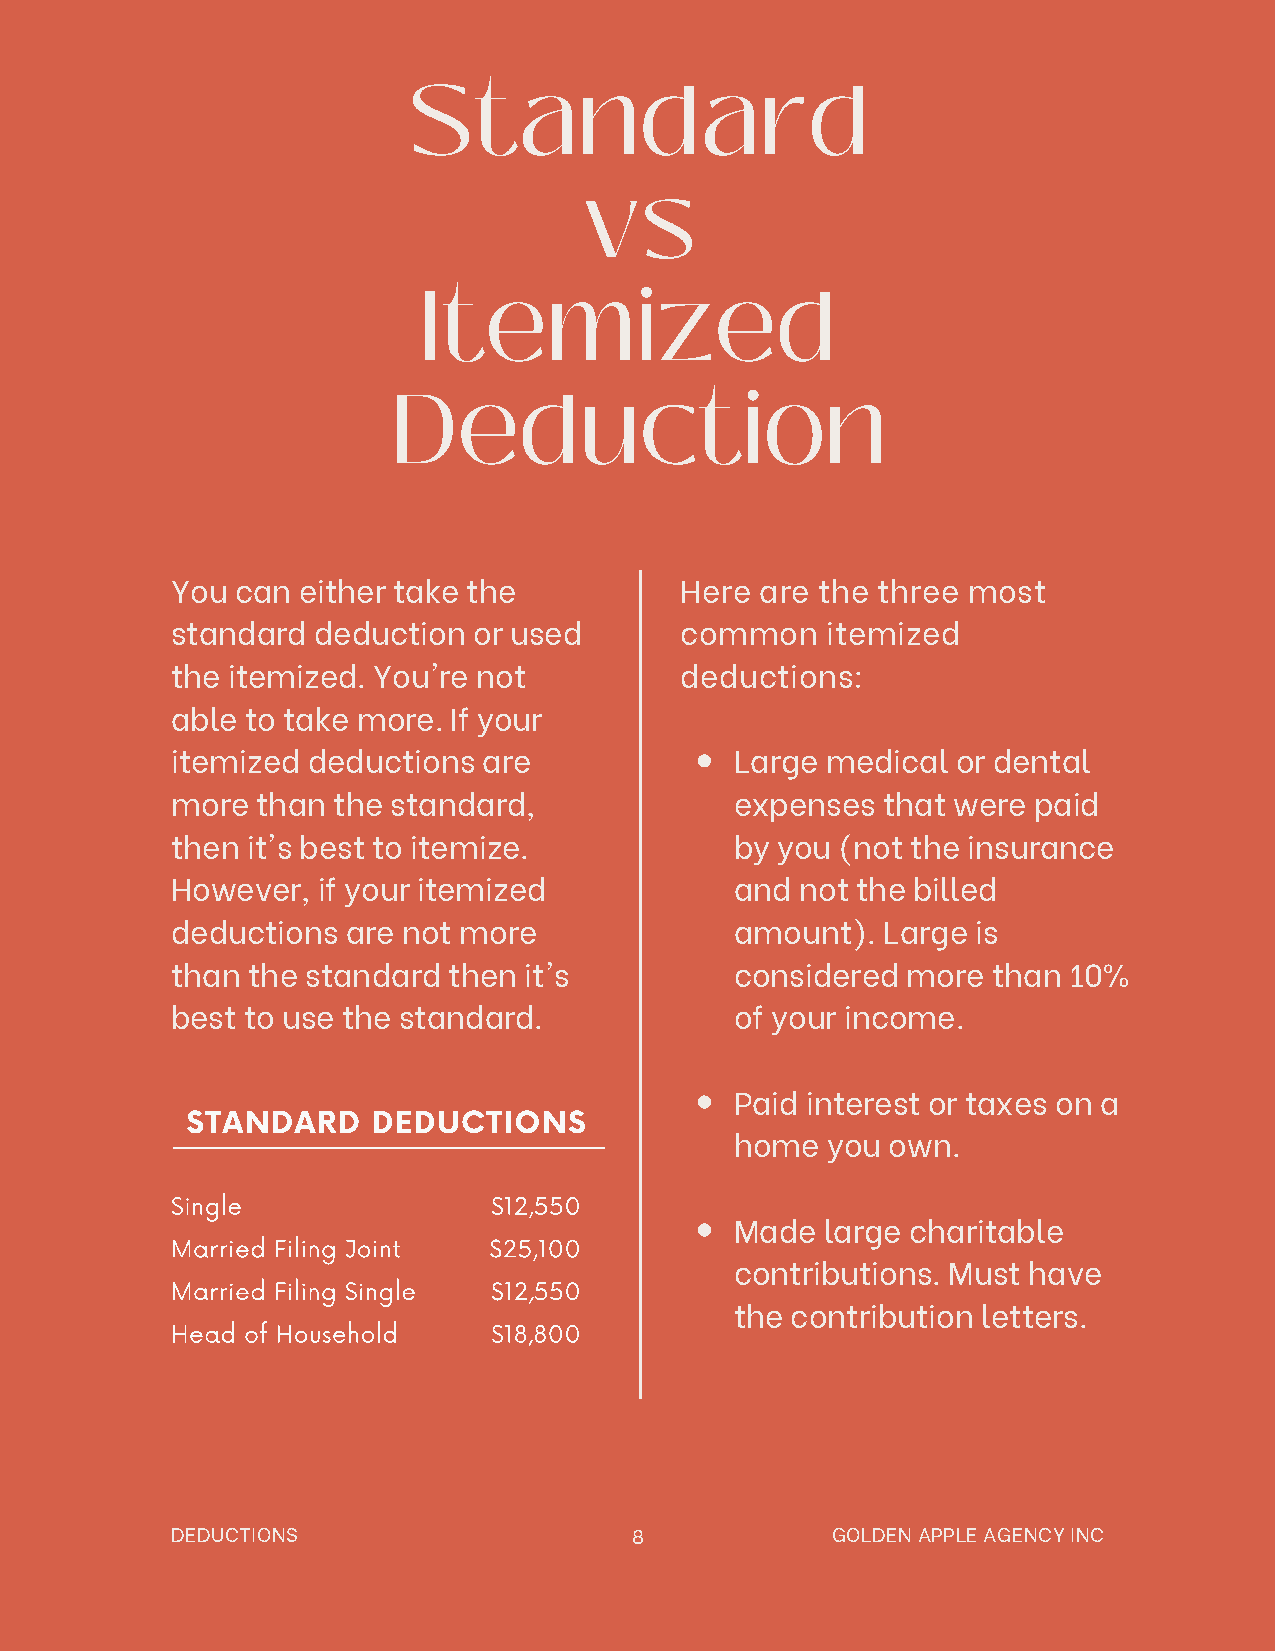
Standard
 vs
 Itemized
 Deduction
 You  can either take the          Here are the three most
 standard  deduction or used       common    itemized
 the itemized. You're not          deductions:
 able to take more. If your
 itemized deductions  are              Large medical or dental
 more  than the standard,              expenses that were paid
 then it's best to itemize.            by you (not the insurance
 However,  if your itemized            and not the billed
 deductions  are not more              amount). Large  is
 than the standard  then it's          considered more  than 10%
 best to use the standard.             of your income.
 Paid interest or taxes on a
 STANDARD     DEDUCTIONS
 home  you own.
 Single                $12,550
 Made  large charitable
 Married Filing Joint $25,100
 contributions. Must have
 Married Filing Single $12,550
 the contribution letters.
 Head of Household     $18,800
 DEDUCTIONS                     8            GOLDEN APPLE AGENCY INC